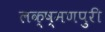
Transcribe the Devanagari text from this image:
लक्ष्मणपुरी